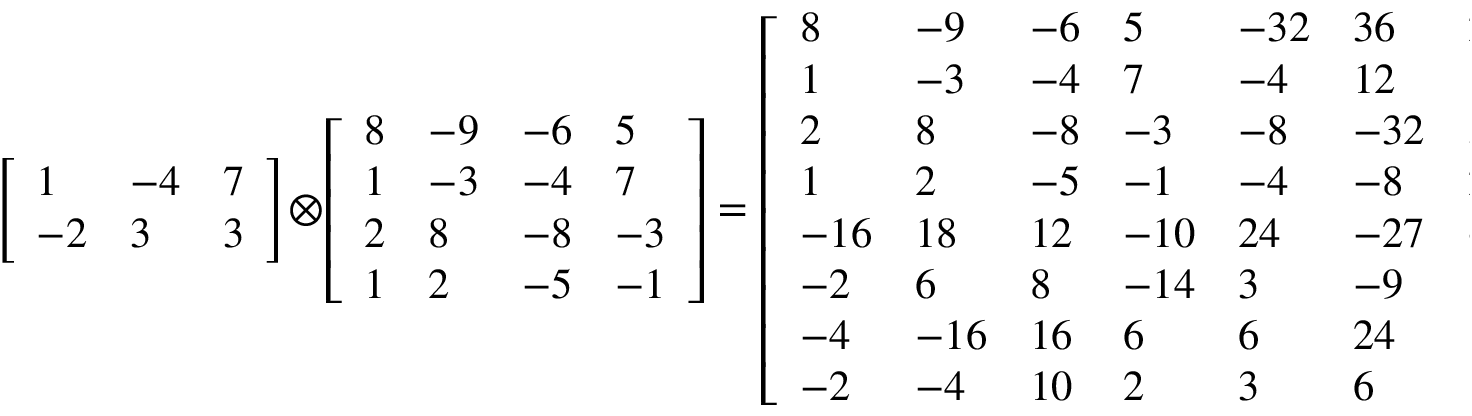
{ \left[ \begin{array} { l l l } { 1 } & { - 4 } & { 7 } \\ { - 2 } & { 3 } & { 3 } \end{array} \right] } \otimes { \left[ \begin{array} { l l l l } { 8 } & { - 9 } & { - 6 } & { 5 } \\ { 1 } & { - 3 } & { - 4 } & { 7 } \\ { 2 } & { 8 } & { - 8 } & { - 3 } \\ { 1 } & { 2 } & { - 5 } & { - 1 } \end{array} \right] } = { \left[ \begin{array} { l l l l l l l l l l l l } { 8 } & { - 9 } & { - 6 } & { 5 } & { - 3 2 } & { 3 6 } & { 2 4 } & { - 2 0 } & { 5 6 } & { - 6 3 } & { - 4 2 } & { 3 5 } \\ { 1 } & { - 3 } & { - 4 } & { 7 } & { - 4 } & { 1 2 } & { 1 6 } & { - 2 8 } & { 7 } & { - 2 1 } & { - 2 8 } & { 4 9 } \\ { 2 } & { 8 } & { - 8 } & { - 3 } & { - 8 } & { - 3 2 } & { 3 2 } & { 1 2 } & { 1 4 } & { 5 6 } & { - 5 6 } & { - 2 1 } \\ { 1 } & { 2 } & { - 5 } & { - 1 } & { - 4 } & { - 8 } & { 2 0 } & { 4 } & { 7 } & { 1 4 } & { - 3 5 } & { - 7 } \\ { - 1 6 } & { 1 8 } & { 1 2 } & { - 1 0 } & { 2 4 } & { - 2 7 } & { - 1 8 } & { 1 5 } & { 2 4 } & { - 2 7 } & { - 1 8 } & { 1 5 } \\ { - 2 } & { 6 } & { 8 } & { - 1 4 } & { 3 } & { - 9 } & { - 1 2 } & { 2 1 } & { 3 } & { - 9 } & { - 1 2 } & { 2 1 } \\ { - 4 } & { - 1 6 } & { 1 6 } & { 6 } & { 6 } & { 2 4 } & { - 2 4 } & { - 9 } & { 6 } & { 2 4 } & { - 2 4 } & { - 9 } \\ { - 2 } & { - 4 } & { 1 0 } & { 2 } & { 3 } & { 6 } & { - 1 5 } & { - 3 } & { 3 } & { 6 } & { - 1 5 } & { - 3 } \end{array} \right] }